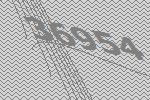
36954